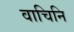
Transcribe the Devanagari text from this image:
वाचिनि